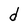
Character: d